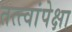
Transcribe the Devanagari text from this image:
तत्त्वांपेक्षा